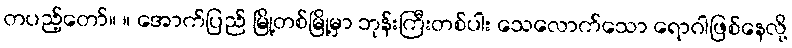
တပည့်တော်။ ။ အောက်ပြည် မြို့တစ်မြို့မှာ ဘုန်းကြီးတစ်ပါး သေလောက်သော ရောဂါဖြစ်နေလို့